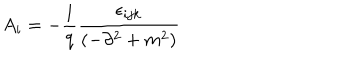
LaTeX: A _ { i } = - \frac { 1 } { q } \frac { \epsilon _ { i j k } } { \left( - \partial ^ { 2 } + m ^ { 2 } \right) }